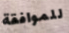
للموافقة